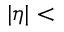
| \eta | <